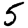
Digit: 5